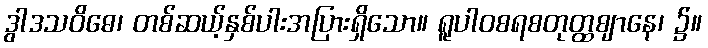
ဒွါဒသဝိဓေ၊ တစ်ဆယ့်နှစ်ပါးအပြားရှိသော။ ရူပါဝစရစတုတ္ထဈာနေ၊ ၌။